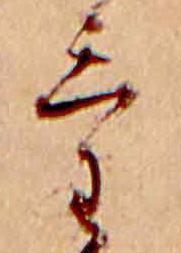
け